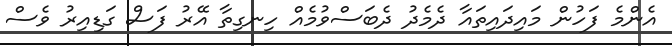
އެންމެ ފަހުން މައިދައިތައާ ދެމެދު ދެބަސްވުމެއް ހިނގިތާ އޭރު ފަސް ގަޑިއިރު ވެސް